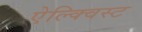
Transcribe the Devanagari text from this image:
ऐल्क्विस्ट